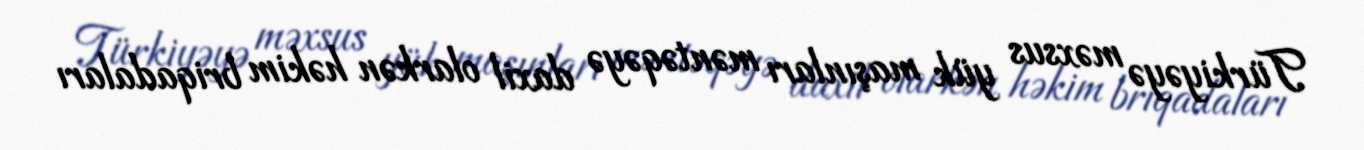
Türkiyəyə məxsus yük maşınları məntəqəyə daxil olarkən həkim briqadaları